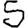
Digit: 5